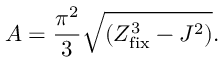
A = { \frac { \pi ^ { 2 } } { 3 } } \sqrt { ( Z _ { \mathrm { f i x } } ^ { 3 } - J ^ { 2 } ) } .